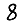
Digit: 8